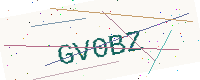
Text: GV0BZ